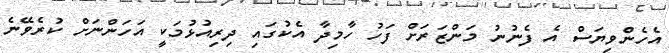
އެހެންވިޔަސް އެ ފެނުނު މަންޒަރަށް ފަހު ހާމިދާ އެކުގައި ދިރިއުޅުމަކީ އަހަންނަށް ކުރެވޭނެ